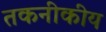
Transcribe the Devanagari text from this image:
तकनीकीय